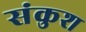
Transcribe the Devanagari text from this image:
संकुश